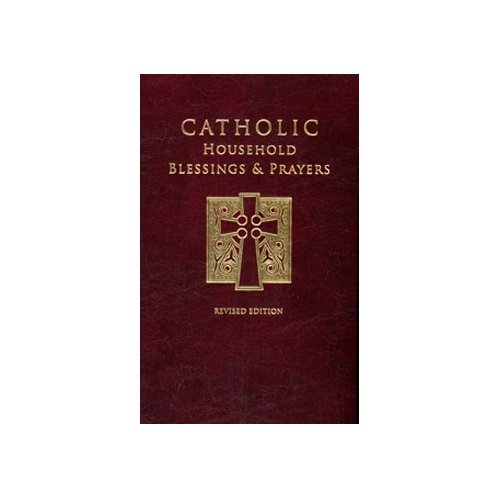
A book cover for Catholic Household Bless & Prayer/Rev Ed; Bishops' Committee on the Liturgy; Christian Books & Bibles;